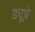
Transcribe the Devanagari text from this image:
ड्यूप्रे